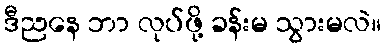
ဒီညနေ ဘာ လုပ်ဖို့ ခန်းမ သွားမလဲ။